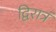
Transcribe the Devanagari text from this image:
द्विरात्रं